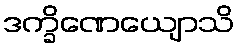
ဒက္ခိဏေယျောသိ